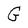
Character: G